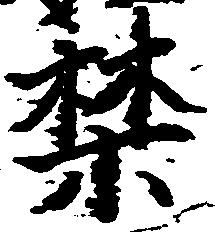
禁